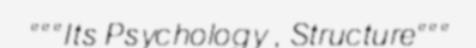
"""Its Psychology , Structure"""